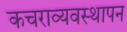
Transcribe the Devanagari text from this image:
कचराव्यवस्थापन